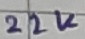
Text: 22K